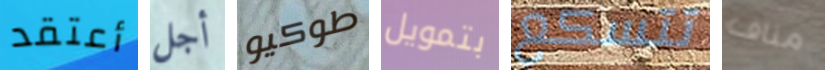
أعتقد أجل طوكيو بتمويل تتسكع مناف